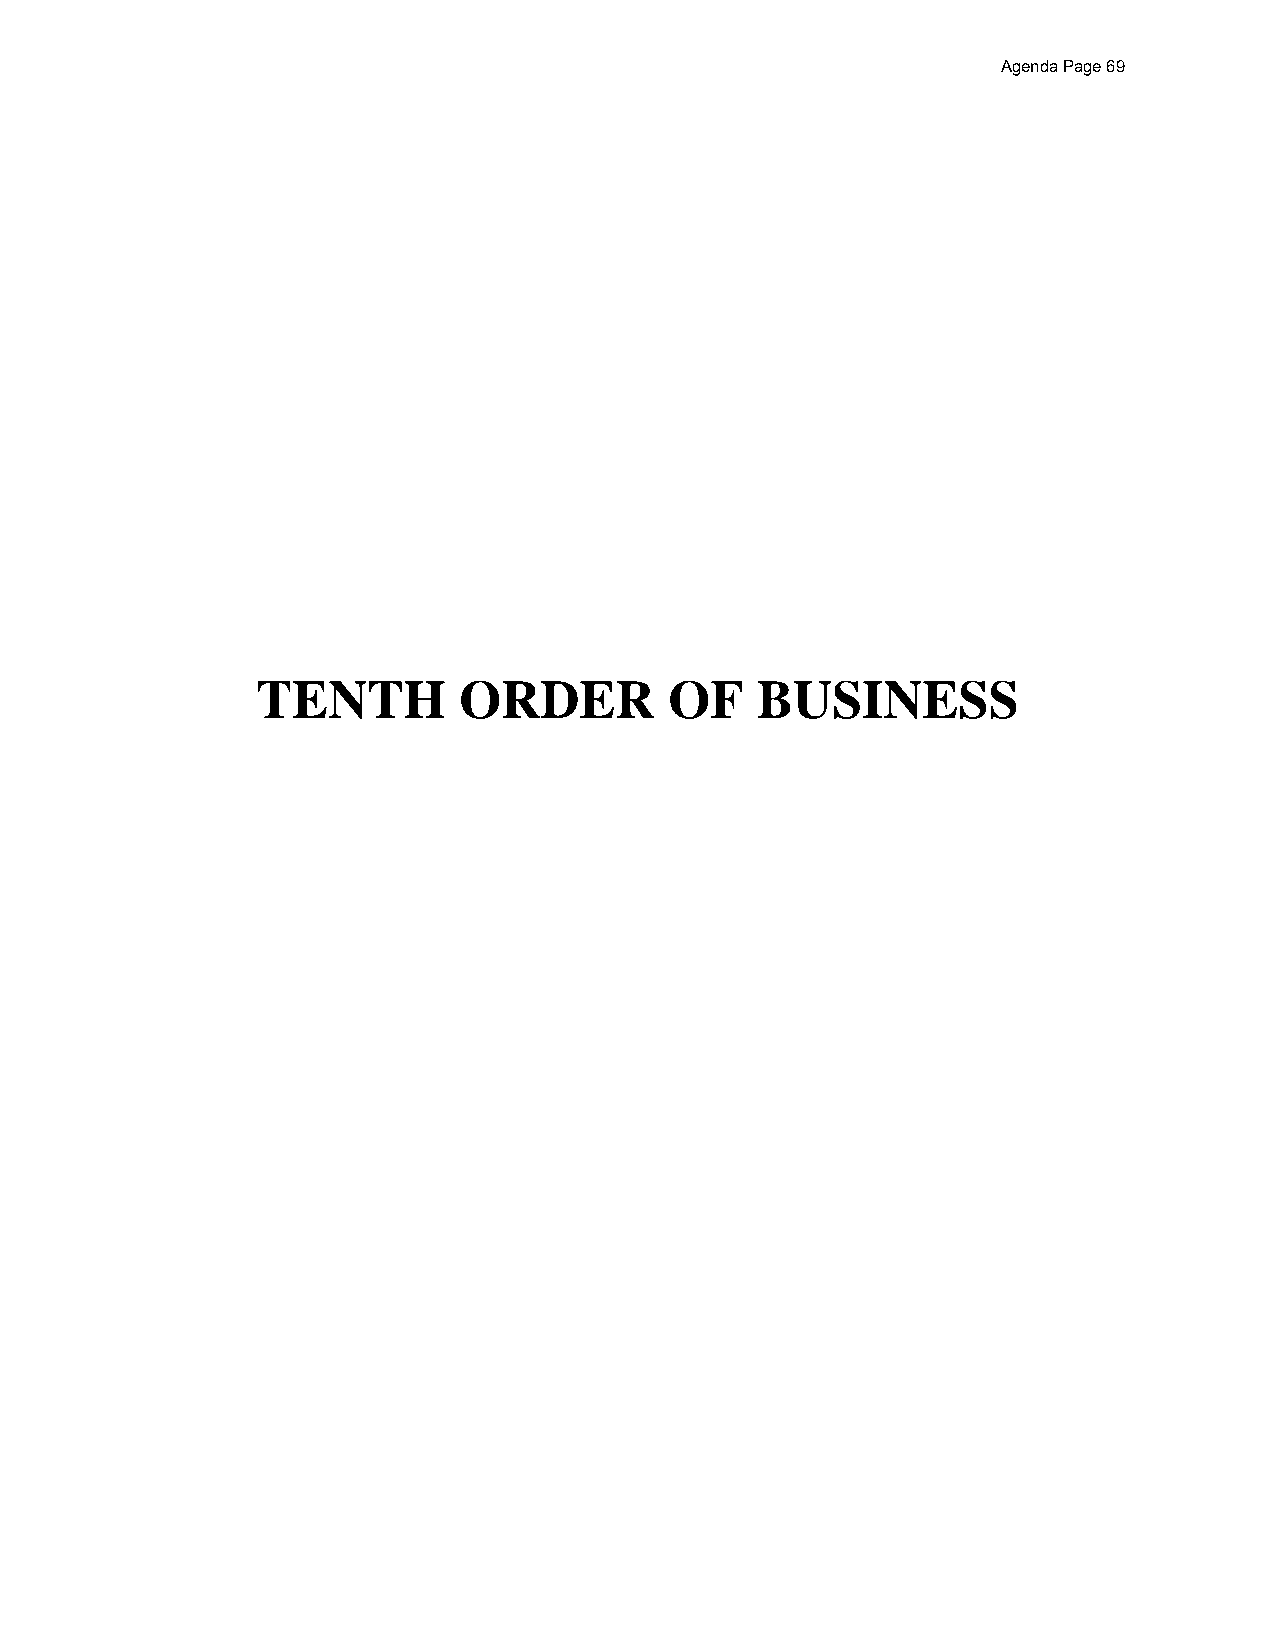
Agenda Page 69
 TENTH        ORDER         OF    BUSINESS